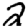
Digit: 2